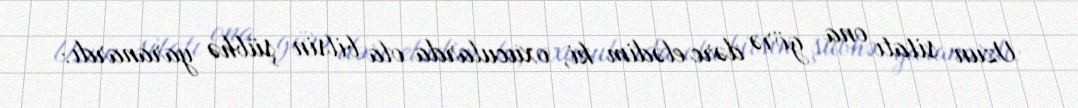
Uzun sitatı ona görə dərc elədim ki, oxucularda ola bilsin şübhə yaranardı: